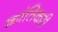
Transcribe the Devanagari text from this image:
क्रांतिकरी